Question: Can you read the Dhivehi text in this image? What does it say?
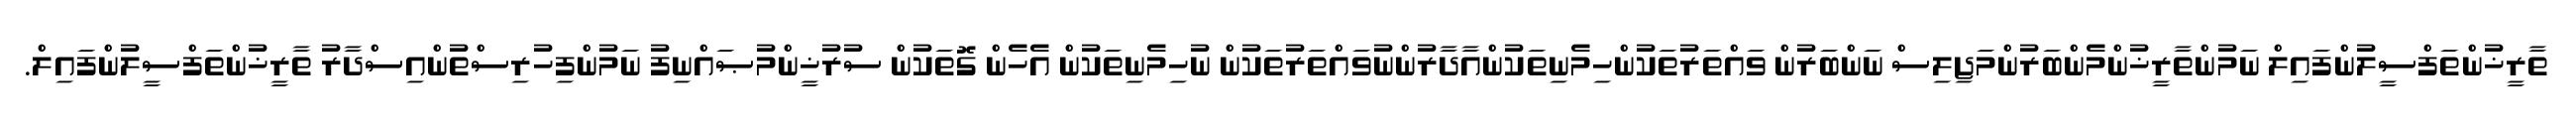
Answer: ތާރީޚުންތަފްސީލުންފައިލް ނަމުންތާރީޚުންމެންބަރުންމަޖިލިސް ނަންބަރުން ވައްތަރުތަކުންހިމެނިތަކުންއާދާރުންނުވައްތަރުތަކުން ނުހިމެނިތަކުން އެހެން ގޮތަކުން ސުރުޚީންމުޞައްނިފު ނަމުންފިހުރިސްތުންއިސްދާރު ތާރީޚުންތަފްސީލުންފައިލް.